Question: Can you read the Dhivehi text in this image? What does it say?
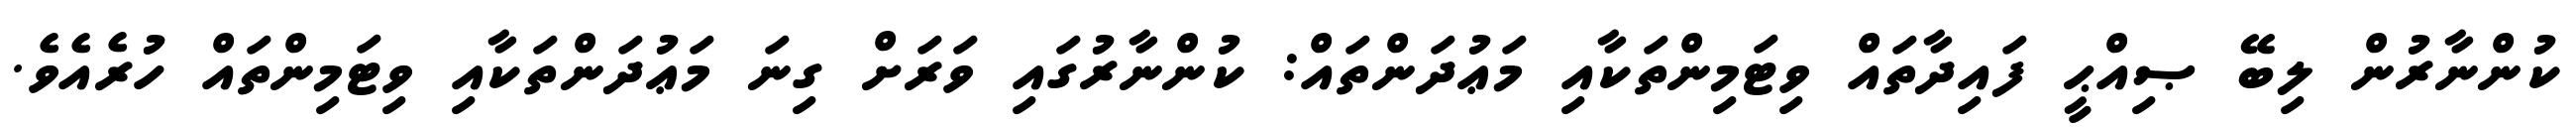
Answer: ކުންނާރުން ލިބޭ ޞިއްޙީ ފައިދާތައް ވިޓަމިންތަކާއި މަޢުދަންތައް: ކުންނާރުގައި ވަރަށް ގިނަ މަޢުދަންތަކާއި ވިޓަމިންތައް ހުރެއެވެ.